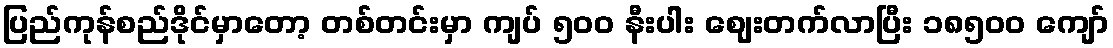
ပြည်ကုန်စည်ဒိုင်မှာတော့ တစ်တင်းမှာ ကျပ် ၅၀ဝ နီးပါး ဈေးတက်လာပြီး ၁၈၅၀ဝ ကျော်